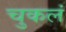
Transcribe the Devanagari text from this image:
चुकलं